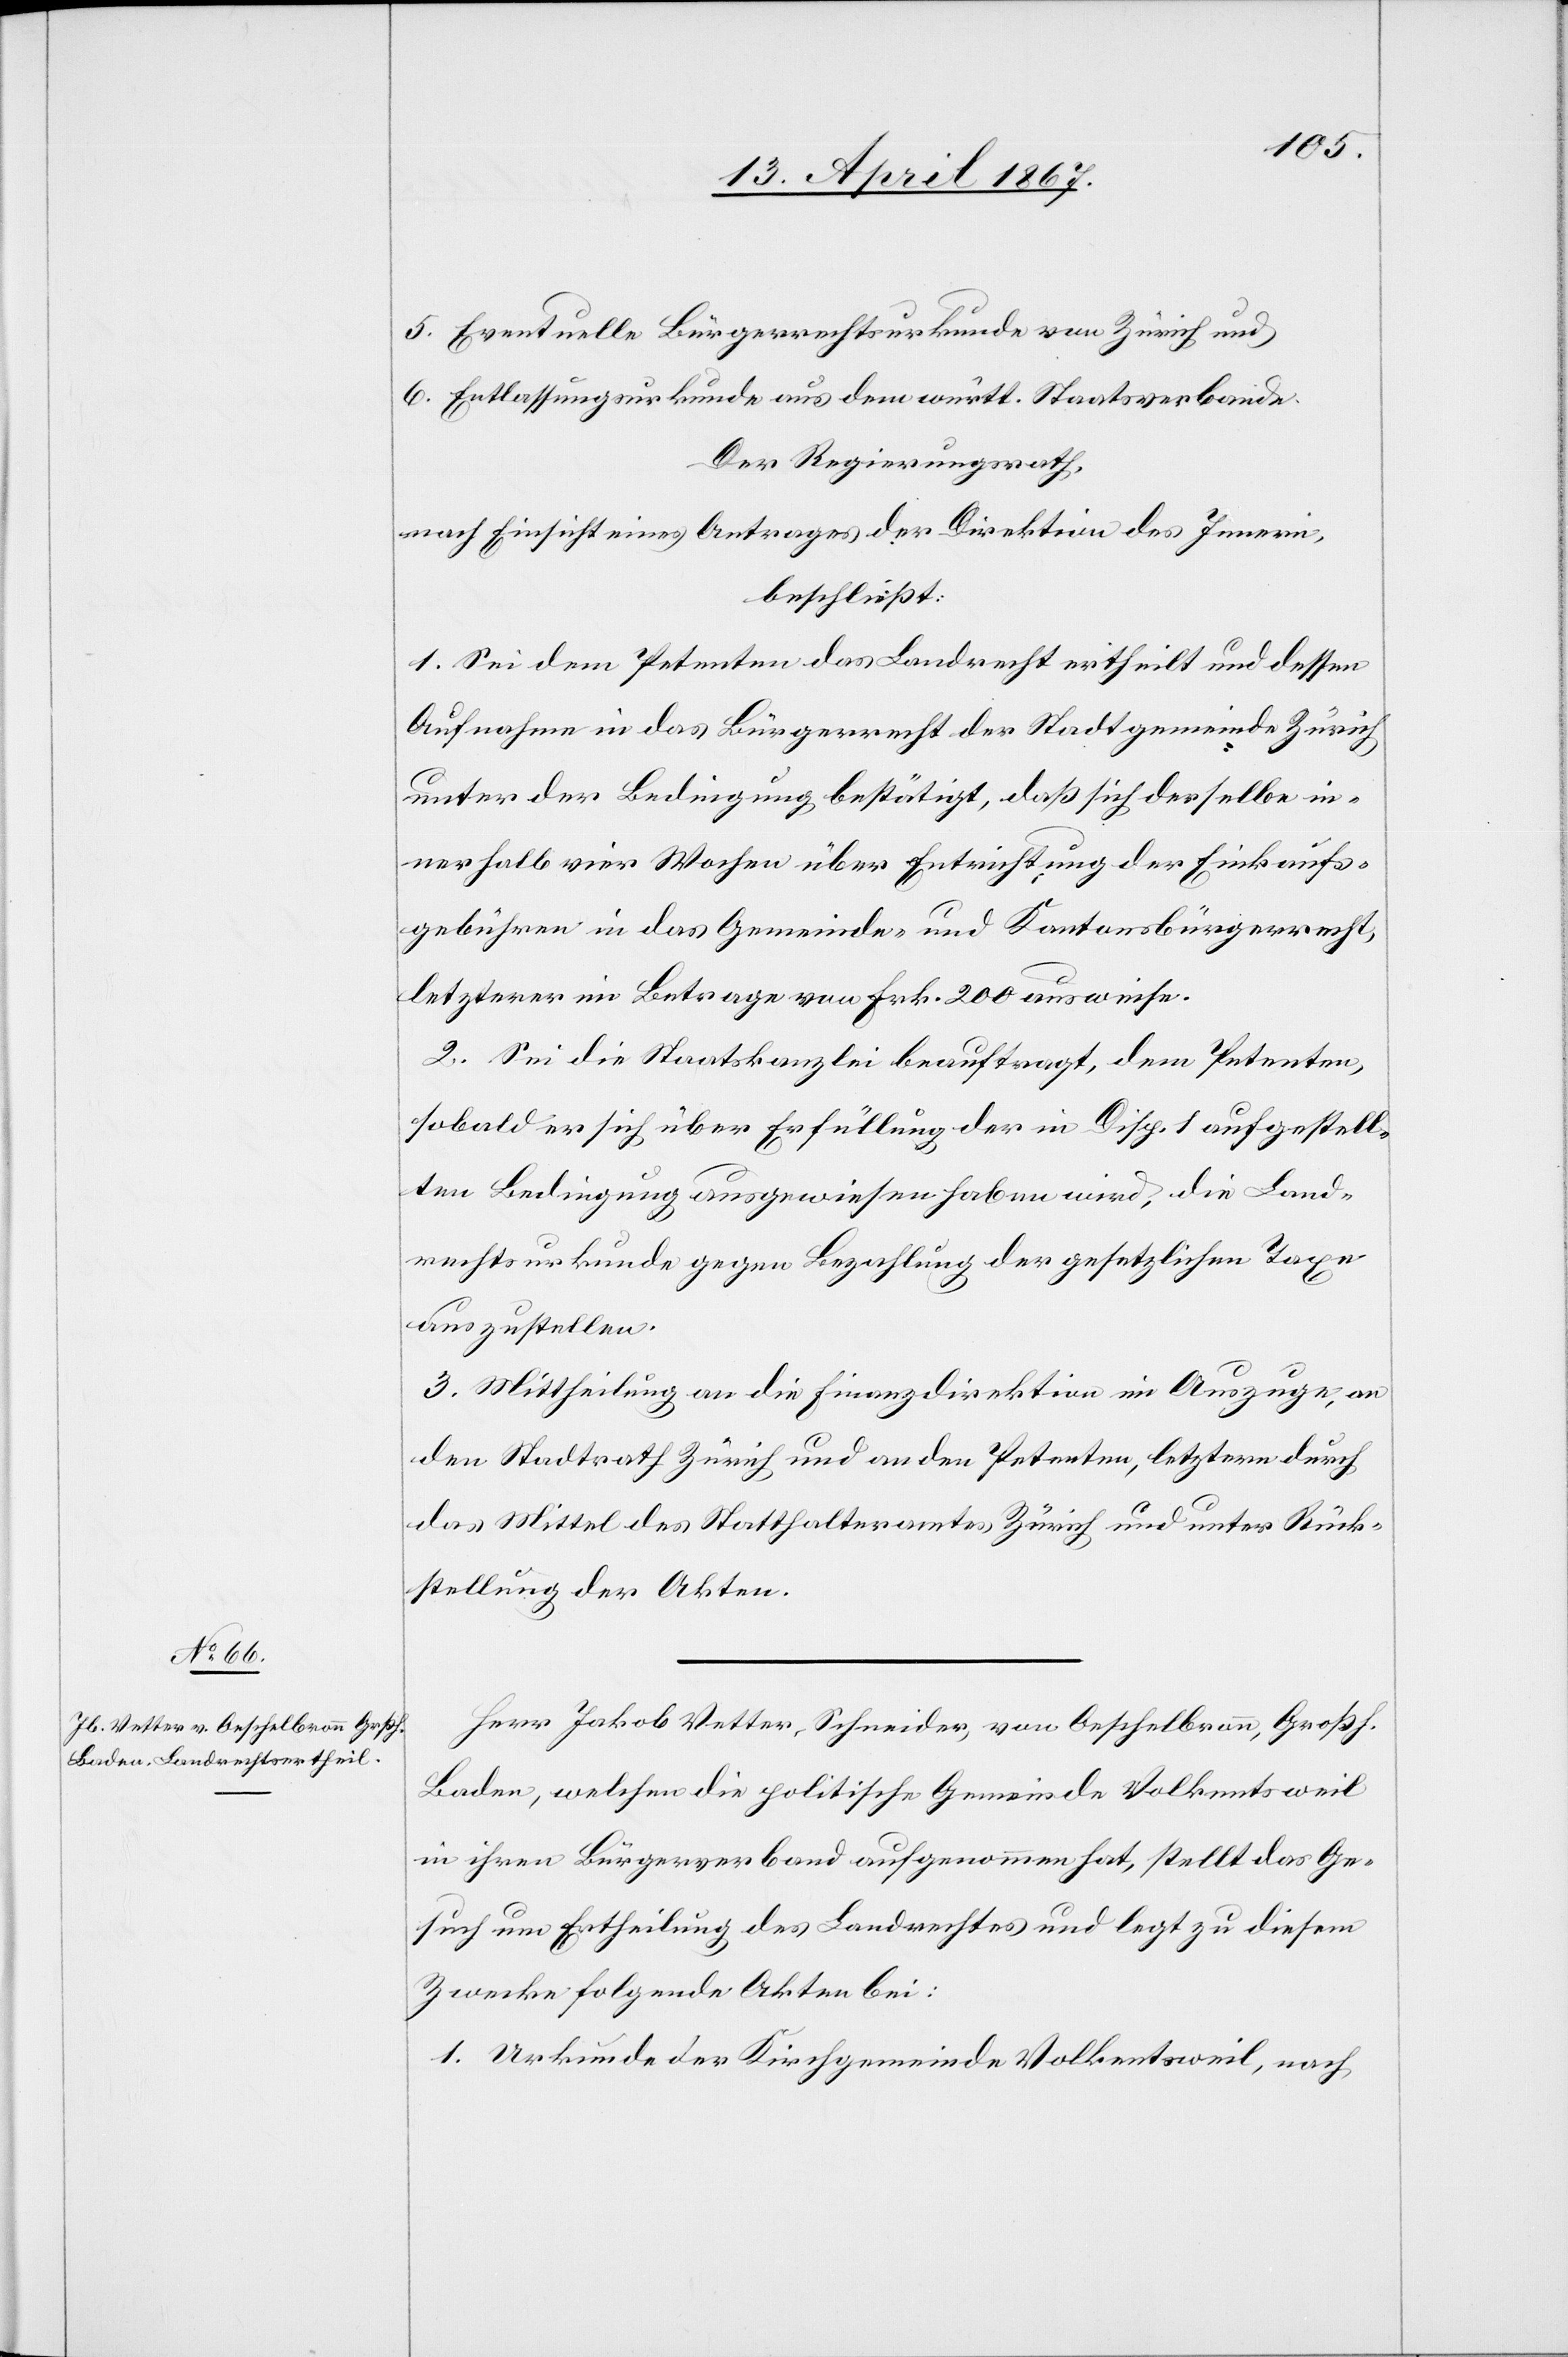
5.	Eventuelle Bürgerrechtsurkunde von Zürich und
6. 	Entlassungsurkunde aus dem württ. Staatsverbande.
Der Regierungsrath,
nach Einsicht eines Antrages der Direktion des Innern,
beschließt:
1. Sei dem Petenten das Landrecht ertheilt und dessen
Aufnahme in das Bürgerrecht der Stadtgemeinde Zürich
unter der Bedingung bestätigt, daß sich derselbe in¬
nerhalb vier Wochen über Entrichtung der Einkaufs¬
gebühren in das Gemeinde- und Kantonsbürgerrecht,
letzterer im Betrage von Frk. 200 ausweise.
2. Sei die Staatskanzlei beauftragt, dem Petenten,
sobald er sich über Erfüllung der in Disp. 1 aufgestell¬
ten Bedingung ausgewiesen haben wird, die Land¬
rechtsurkunde gegen Bezahlung der gesetzlichen Taxe
auszustellen.
3. Mittheilung an die Finanzdirektion im Auszuge, an
den Stadtrath Zürich und an den Petenten, letztern durch
das Mittel des Statthalteramtes Zürich und unter Rück¬
stellung der Akten.
Herr Jakob Vetter, Schneider, von Oeschelbronn, Großh.
Baden. welchen die politische Gemeinde Volkentsweil
in ihren Bürgerverband aufgenommen hat, stellt das Ge¬
such um Ertheilung des Landrechtes und legt zu diesem
Zwecke folgende Akten bei:
1.	Urkunde der Kirchgemeinde Volkentsweil, nach